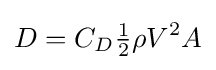
D=C_{D}{{\tfrac {1}{2}}\rho V^{2}A}